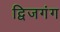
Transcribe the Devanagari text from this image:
द्विजगंग